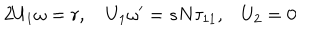
LaTeX: 2 { U _ { 1 } \omega } = r , \quad { U _ { 1 } } { \omega ^ { \prime } } = s { N } { \tau _ { 1 1 } , } \quad { U _ { 2 } } = { 0 }